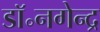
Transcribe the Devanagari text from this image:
डॉ॰नगेन्द्र